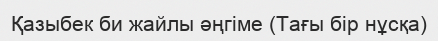
Қазыбек би жайлы әңгіме (Тағы бір нұсқа)